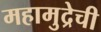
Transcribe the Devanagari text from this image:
महामुद्रेची